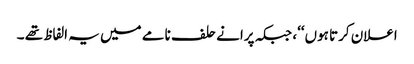
اعلان کرتا ہوں‘‘، جبکہ پرانے حلف نامے میں یہ الفاظ تھے ۔